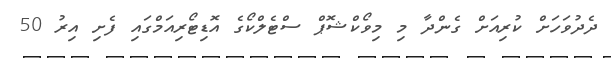
ދެދުވަހަށް ކުރިއަށް ގެންދާ މި މިވޯކްޝޮޕް ސްޓެލްކޯގެ އޮޑިޓޯރިއަމްގައި ފެށި އިރު 50